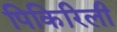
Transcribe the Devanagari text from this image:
पिकिरिली